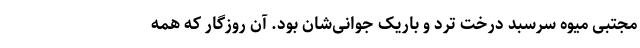
مجتبی میوه سرسبد درخت ترد و باریک جوانی‌شان بود. آن روزگار که همه